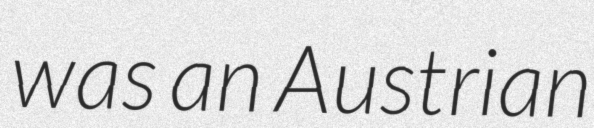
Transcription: was an Austrian